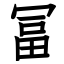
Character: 冨